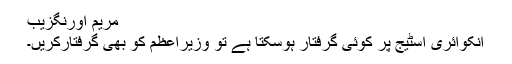
مریم اورنگزیب
انکوائری اسٹیج پر کوئی گرفتار ہوسکتا ہے تو وزیراعظم کو بھی گرفتارکریں۔